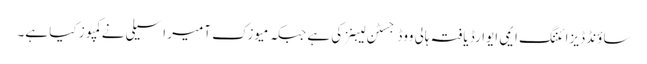
ساؤنڈ ڈیزائننگ ایمی ایوارڈ یافتہ ہالی ووڈ جسٹن لیبنز کی ہے جبکہ میوزک آمیر اسیلی نے کمپوز کیا ہے۔